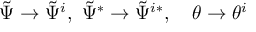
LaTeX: \tilde { \Psi } \rightarrow \tilde { \Psi } ^ { i } , \ \tilde { \Psi } ^ { * } \rightarrow \tilde { \Psi } ^ { i * } , \quad \theta \rightarrow \theta ^ { i }